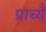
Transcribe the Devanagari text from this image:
प्राच्यै